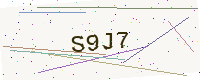
Text: S9J7